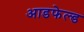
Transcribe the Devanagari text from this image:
आडफेल्ड